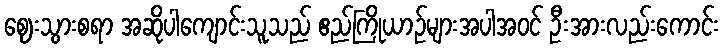
ဈေးသွားစရာ အဆိုပါကျောင်းသူသည် ဧည်ကြိုယာဉ်များအပါအဝင် ဦးအားလည်းကောင်း